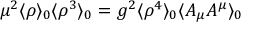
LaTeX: \mu ^ { 2 } \langle \rho \rangle _ { 0 } \langle \rho ^ { 3 } \rangle _ { 0 } = g ^ { 2 } \langle \rho ^ { 4 } \rangle _ { 0 } \langle A _ { \mu } A ^ { \mu } \rangle _ { 0 }